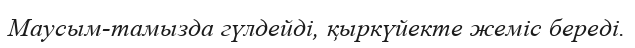
Маусым-тамызда гүлдейді, қыркүйекте жеміс береді.